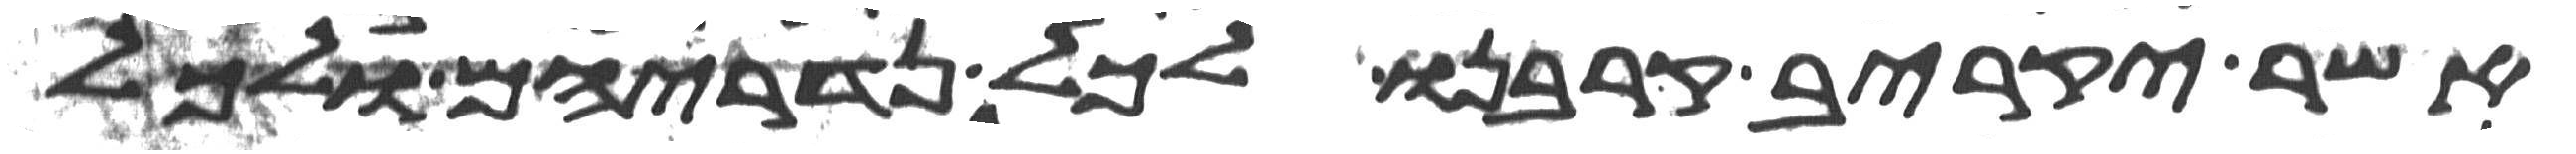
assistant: אשר יקריב קרבנו לכל נדריהם ולכל